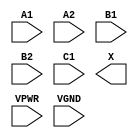
module sky130_fd_sc_hs__o221a (
    //# {{data|Data Signals}}
    input  A1  ,
    input  A2  ,
    input  B1  ,
    input  B2  ,
    input  C1  ,
    output X   ,

    //# {{power|Power}}
    input  VPWR,
    input  VGND
);
endmodule